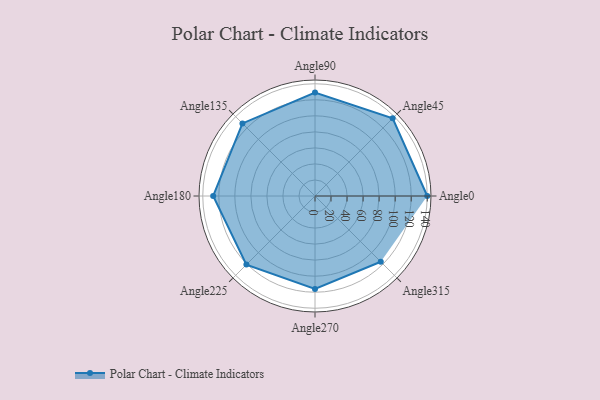
{"axis": {"x": "Angle", "y": "Radius"}, "legend": [""], "data": [{"x": "Angle0", "y": 140.0, "type": ""}, {"x": "Angle45", "y": 137.0, "type": ""}, {"x": "Angle90", "y": 129.0, "type": ""}, {"x": "Angle135", "y": 128.0, "type": ""}, {"x": "Angle180", "y": 127.0, "type": ""}, {"x": "Angle225", "y": 121.0, "type": ""}, {"x": "Angle270", "y": 116.0, "type": ""}, {"x": "Angle315", "y": 116.0, "type": ""}]}